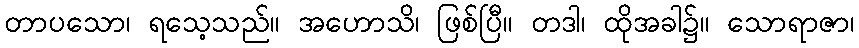
တာပသော၊ ရသေ့သည်။ အဟောသိ၊ ဖြစ်ပြီ။ တဒါ၊ ထိုအခါ၌။ သောရာဇာ၊